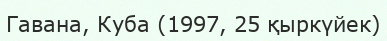
Гавана, Куба (1997, 25 қыркүйек)